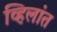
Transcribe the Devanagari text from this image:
व्हिलांत